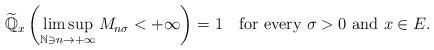
LaTeX: \begin{align*} \widetilde{\mathbb{Q}}_{x} \left(\limsup_{\mathbb{N}\ni n\to+\infty} M_{n\sigma}<+\infty \right)=1 \quad\hbox{for every } \sigma>0 \hbox{ and } x\in E. \end{align*}